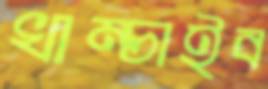
খাম্‌চাইব